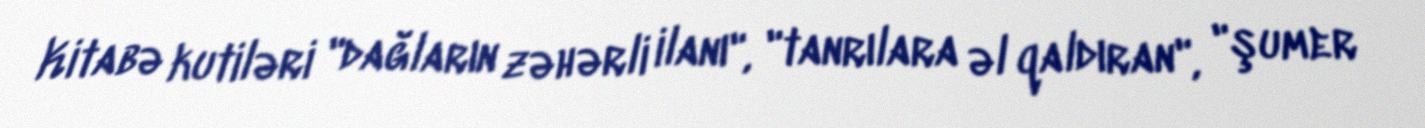
Kitabə kutiləri "dağların zəhərli ilanı", "tanrılara əl qaldıran", "şumer